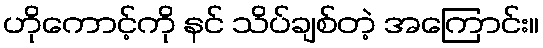
ဟိုကောင့်ကို နင် သိပ်ချစ်တဲ့ အကြောင်း။